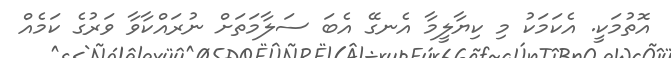
އޮތުމަކީ. އެކަމަކު މި ކިޔާލީމާ އެނގޭ އެބަ ސަލާމަތަށް ނުރައްކާވާ ވަރުގެ ކަމެއް